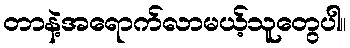
တာနဲ့အရောက်လာမယ့်သူတွေပါ။